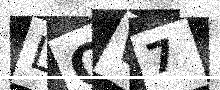
Text: LOW7